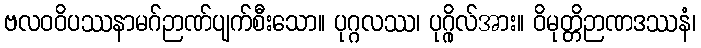
ဗလဝဝိပဿနာမဂ်ဉာဏ်ပျက်စီးသော။ ပုဂ္ဂလဿ၊ ပုဂ္ဂိုလ်အား။ ဝိမုတ္တိဉာဏဒဿနံ၊